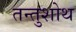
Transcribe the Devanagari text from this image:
तन्तुशोथ